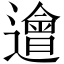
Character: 𨗥